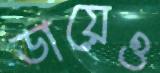
ডায়েও